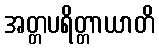
အတ္တပရိတ္တာယာတိ